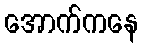
အောက်ကနေ